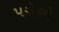
પરોણો